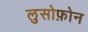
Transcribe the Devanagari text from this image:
लुसोफ़ोन